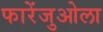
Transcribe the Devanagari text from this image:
फारेंजुओला